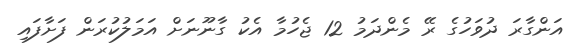
އަންގާރަ ދުވަހުގެ ރޭ މެންދަމު 12 ޖެހުމާ އެކު ގާނޫނަށް އަމަލުކުރަން ފަށާފައި